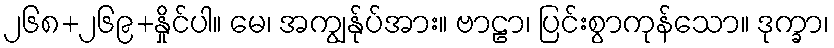
၂၆၈+၂၆၉+နှိုင်ပါ။ မေ၊ အကျွန်ုပ်အား။ ဗာဠာ၊ ပြင်းစွာကုန်သော။ ဒုက္ခာ၊